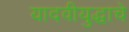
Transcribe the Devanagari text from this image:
यादवीयुद्धाचे